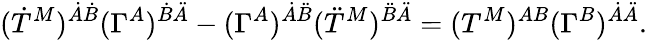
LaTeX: (\dot{T}^{M})^{\dot{A}\dot{B}}(\Gamma^{A})^{\dot{B}\ddot{A}}-(\Gamma^{A})^{\dot{A}\ddot{B}}(\ddot{T}^{M})^{\ddot{B}\ddot{A}}=(T^{M})^{AB}(\Gamma^{B})^{\dot{A}\ddot{A}}.